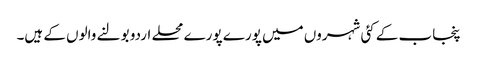
پنجاب کے کئی شہروں میں پورے پورے محلے اردو بولنے والوں کے ہیں۔